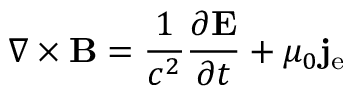
\nabla \times \mathbf { B } = { \frac { 1 } { c ^ { 2 } } } { \frac { \partial \mathbf { E } } { \partial t } } + \mu _ { 0 } \mathbf { j } _ { \mathrm { e } }